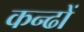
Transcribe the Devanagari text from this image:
कन्ढों